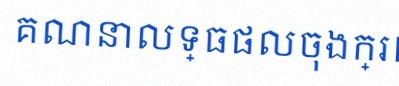
គណនាលទ្ធផលចុងក្រោយ